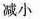
减小